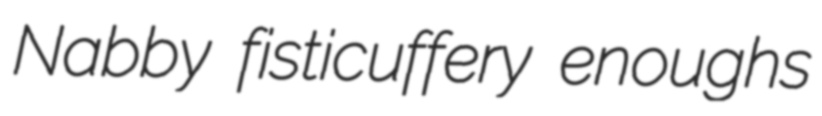
Nabby fisticuffery enoughs